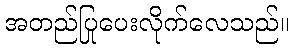
အတည်ပြုပေးလိုက်လေသည်။